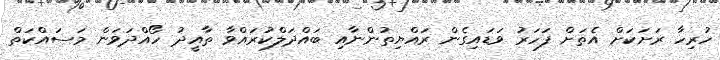
ހުރިހާ ރަށަކަށް އެތަށް ފަހަރު ވަޑައިގެން ރައްޔިތުންނާއި ބައްދަލްކުރައްވާ ތާއީދު ހޯއްދަވަން މަސައްކަތް